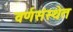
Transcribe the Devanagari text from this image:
वर्णसंस्थेत